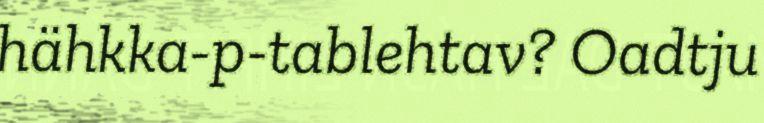
hähkka-p-tablehtav? Oadtju